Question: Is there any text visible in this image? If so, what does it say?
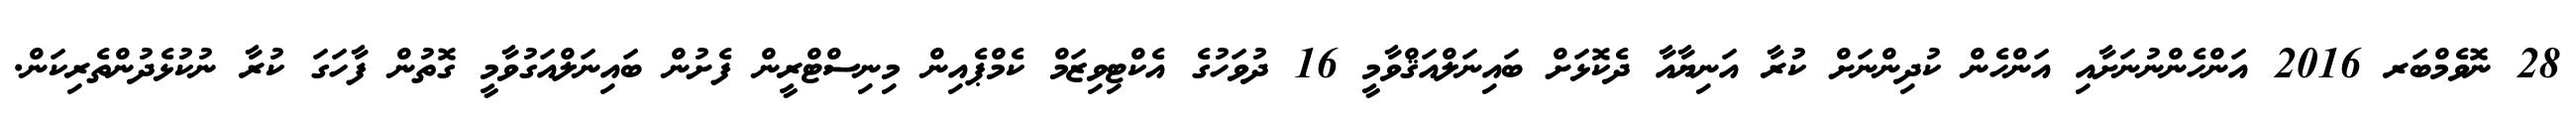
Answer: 28 ނޮވެމްބަރ 2016 އަންހެންނުނަށާއި އަންހެން ކުދިންނަށް ކުރާ އަނިޔާއާ ދެކޮޅަށް ބައިނަލްއަޤްވާމީ 16 ދުވަހުގެ އެކްޓިވިޒަމް ކެމްޕެއިން މިނިސްޓްރީން ފެށުން ބައިނަލްއަގުވާމީ ގޮތުން ފާހަގަ ކުރާ ނުކުޅެދުންތެރިކަން.